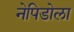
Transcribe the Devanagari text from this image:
नेपिडोला